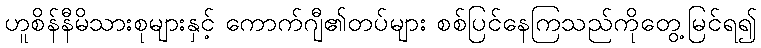
ဟူစိန်နီမိသားစုများနှင့် ကောက်ဂျီ၏တပ်များ စစ်ပြင်နေကြသည်ကိုတွေ့မြင်ရ၍